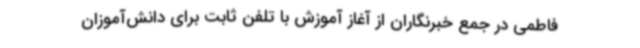
فاطمی در جمع خبرنگاران از آغاز آموزش با تلفن ثابت برای دانش‌آموزان